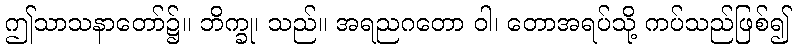
ဤသာသနာတော်၌။ ဘိက္ခု၊ သည်။ အရညဂတော ဝါ၊ တောအရပ်သို့ ကပ်သည်ဖြစ်၍